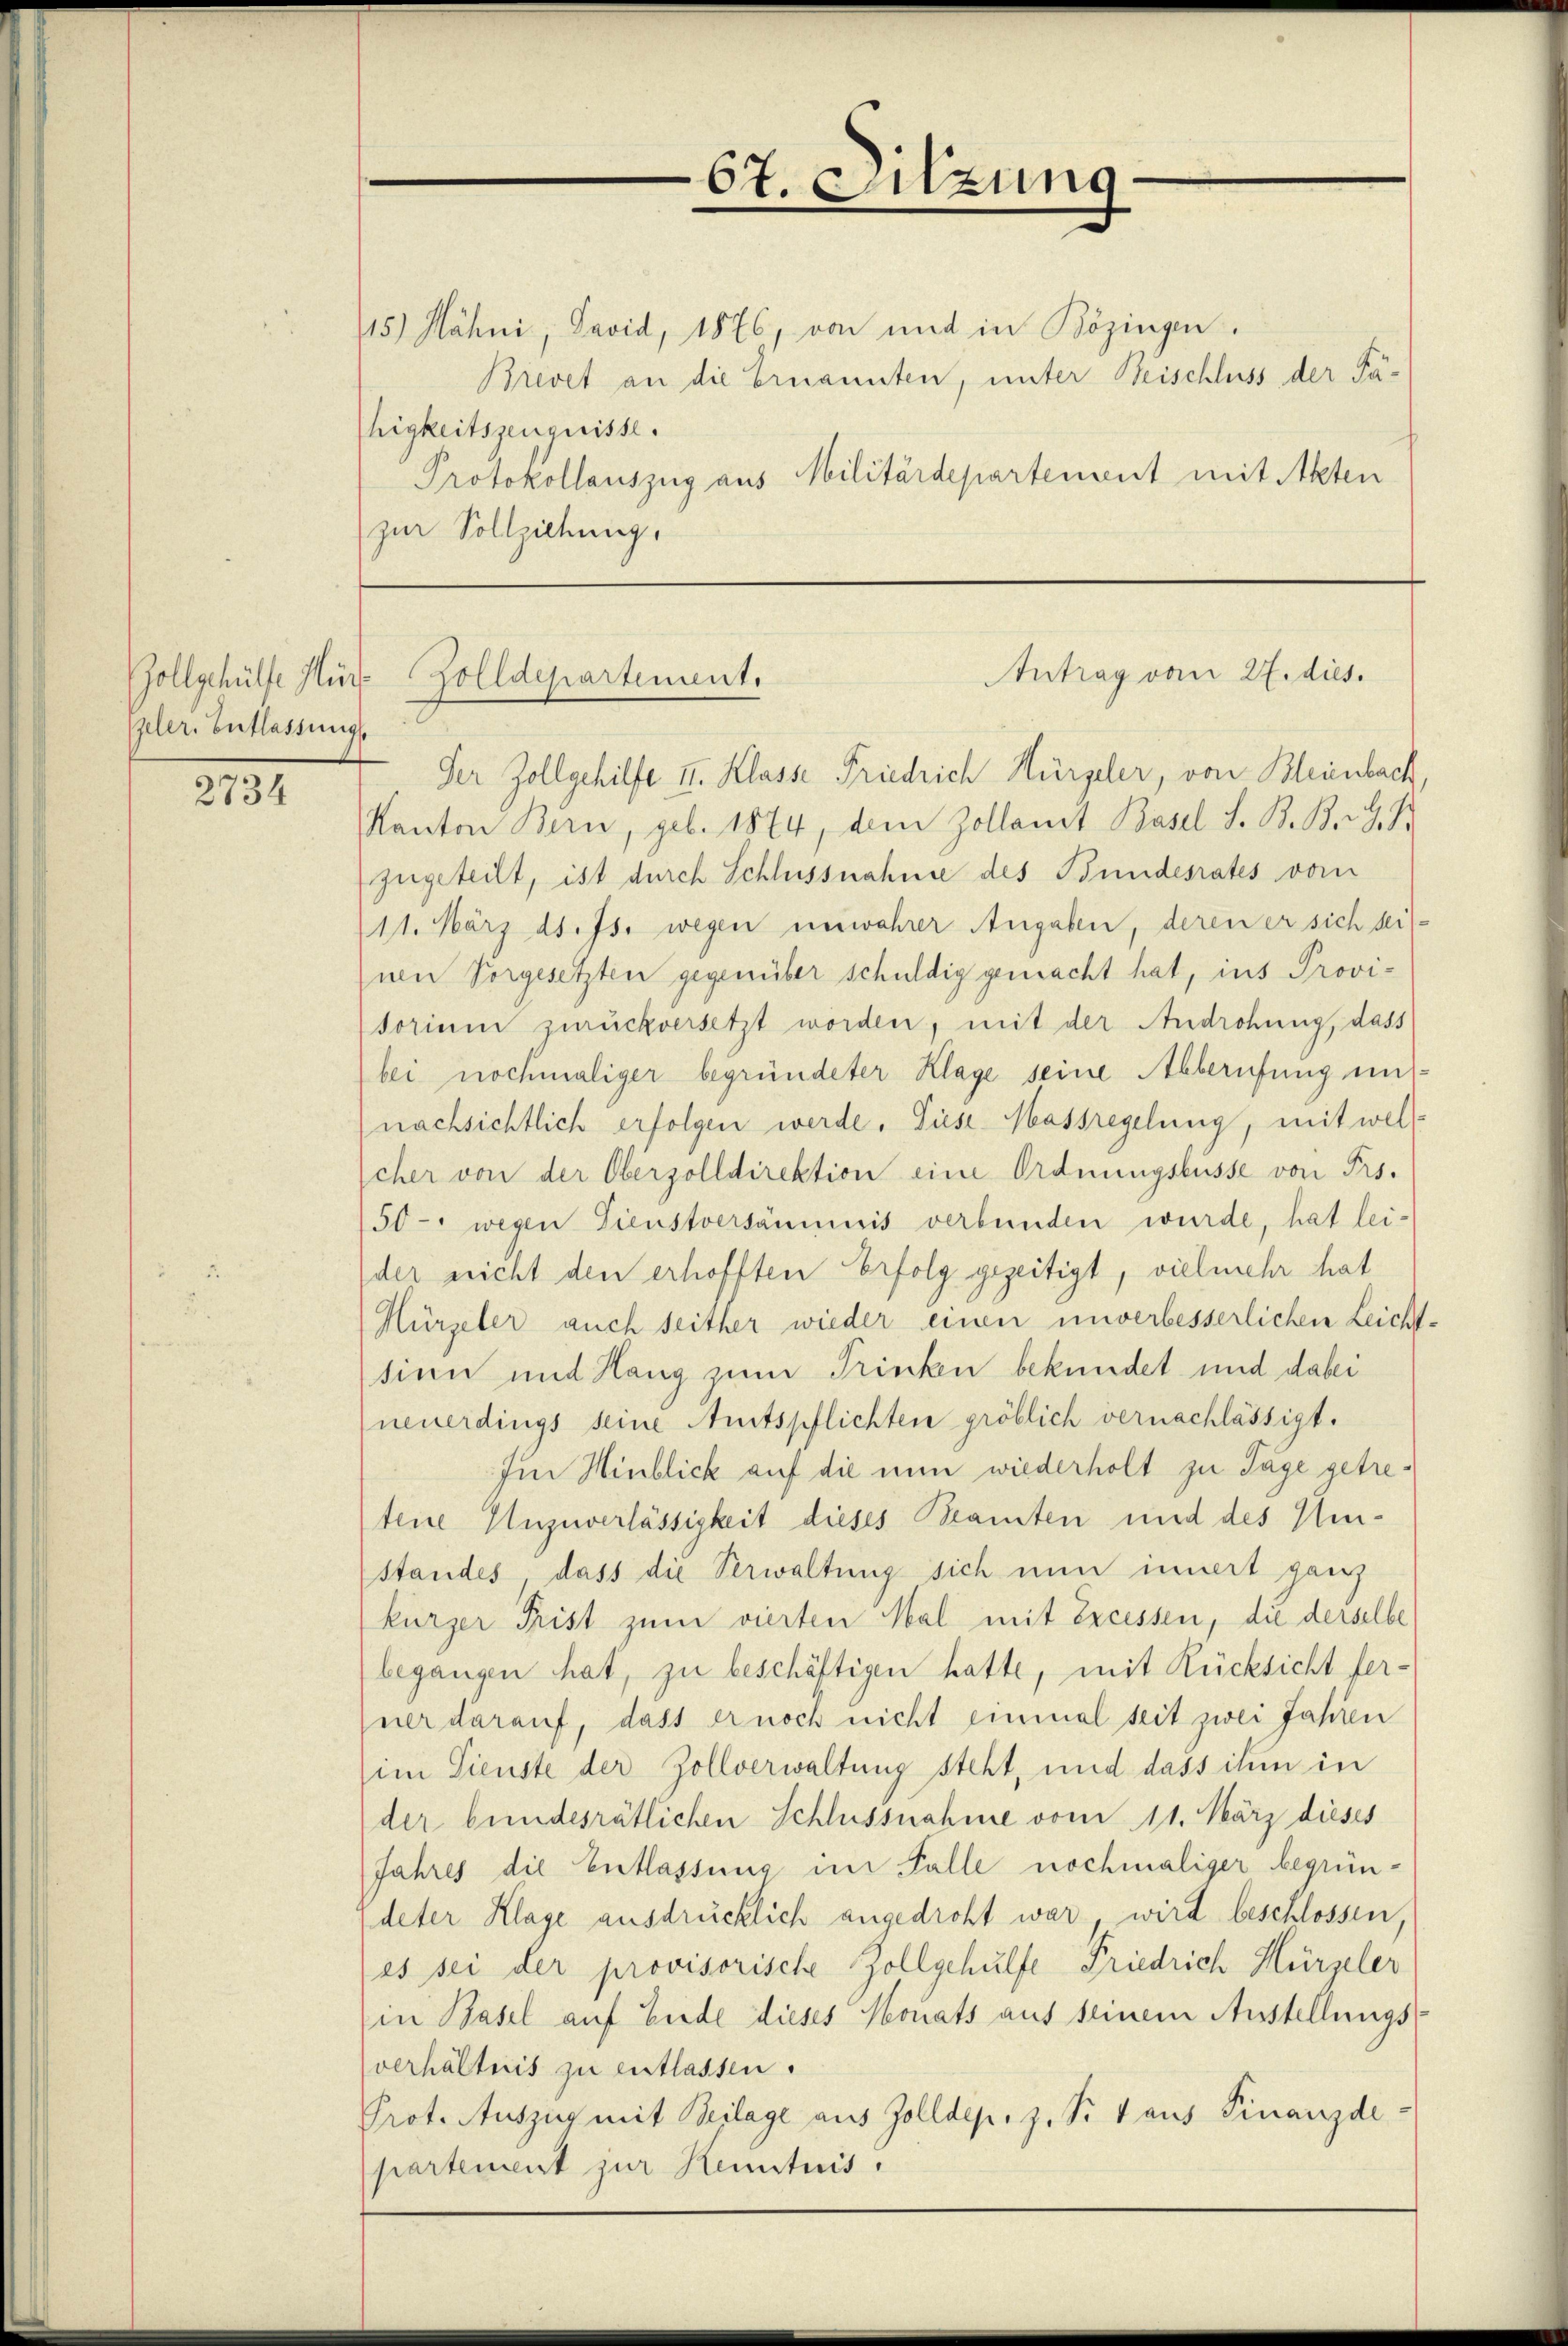
Zollgehülfe Hir
zeler. Entlassung

2734

15) Hähni, David, 1876, von und in Bözingen.
Brevet an die Ernannten, unter Beischluss der Fa-
higkeitszeugnisse.
Protokollauszug aus Militärdepartement mit Akten
zur Vollziehung.

Der Zollgehilfe II. Klasse Friedrich Hürzeler, von Bleienbach,
Kanton Bern, geb. 1874, dem Zollamt Basel S. B. B. G. B.
zugeteilt, ist durch Schlussnahme des Bundesrates vom
11. März d. Js. wegen unwahrer Angaben, deren er sich der
Inen Vorgesetzten gegenüber schuldig gemacht hat, ins Provisorium zurückversetzt worden, mit der Androhung, dass
bei nochmaliger begründeter Klage seine Alberufung unnachsichtlich erfolgen werde. Diese Massregelung, mit welscher von der Oberzolldirektion eine Ordnungsbüsse von Frs.
50- wegen Dienstversammes verbunden wurde, hat leider nicht den erhofften Erfolg gezeitigt, vielmehr hat
Hürzeler auch seither wieder einen unverbesserlichen Leicht-
sinn und Hang zum Trinken bekundet und dabei
neuerdings seine Amtspflichten gröblich vernachlässigt.
Im Hinblick auf die nun wiederholt zu Tage getretene Unzuverlässigkeit dieses Beamten und des Um¬
Standes dass die Verwaltung sich nun innert ganz
kürzer Frist zum vierten Mal mit Excessen, die derselbe
begangen hat, zu beschäftigen hatte, mit Rücksicht fer-
pner darauf, dass er noch nicht einmal seit zwei Jahren
im Tienste der Zollverwaltung steht, und dass ihm in
der bundesrätlichen Schlussnahme vom 11. März dieses
Jahres die Entlassung im Falle nochmaliger begründeter Klage ausdrücklich angedroht war wird beschlossen,
es sei der provisorische Zollgehülfe Friedrich Hürzeler
(in Basel auf Ende dieses Monats aus seinem Anstellungsverhältnis zu entlassen.
Prot. Auszug mit Beilage aus Zolldep. z. Pr. 4 aus Finanzdipartement zur Kenntnis.

67. Sitzung

Antrag vom 27. dies.
Zolldepartement.